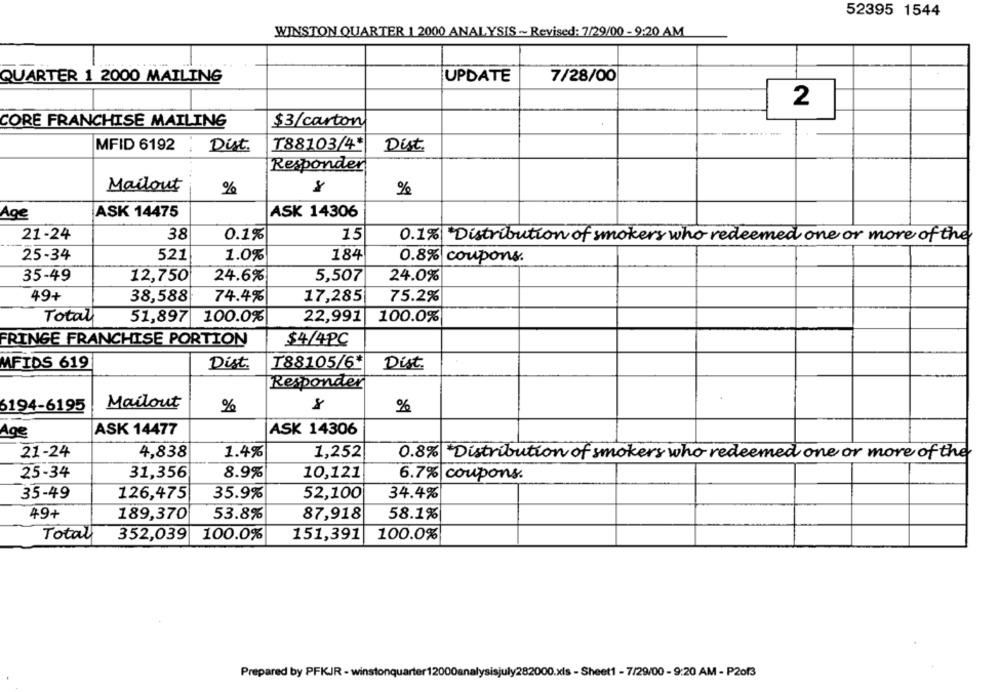
52395 1544
WINSTON QUARTER 1 2000 ANALYSIS ~~ Revised: 7/29/00 - 9:20 AM
QUARTER 1 2000 MAILING
UPDATE
7/28/00
2
CORE FRANCHISE MAILING
$3/carton
---.....
MFID 6192
Dist.
T88103/4*
Dist.
Responder
Mailout
%
8
%
ASK 14475
ASK 14306
Age
21-24
38
0.1%
15
0.1%| Distribution of smokers who redeemed one or more of the
25-34
521
1.0%
184
0.8% coupons.
35-49
5,507
12,750
24.6%
24.0%
49+
38,588
74.4%
17,285
75.2%
Total
22,991
100.0%
51,897
100.0%
FRINGE FRANCHISE PORTION
$4/4PC
MFIDS 619
Dist.
₸88105/6*
Dist
Responder
6194-6195
Mailout
%
8
%
Age
ASK 14477
ASK 14306
21-24
4,838
1.4%
1,252
0.8%| Distribution of smokers who redeemed one or more of the
25-34
31,356
8.9%
10,121
6.7% coupons.
35-49
126,475
35.9%
52,100
34.4%
49+
189,370
53.8%
87,918
58.1%
Total
352,039
100.0%
151,391
100.0%
Prepared by PFKJR - winstonquarter1
32000.xls - Sheet1 - 7/29/00 - 9:20 AM - P2013